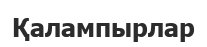
Қалампырлар